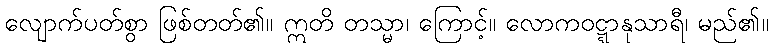
လျောက်ပတ်စွာ ဖြစ်တတ်၏။ ဣတိ တသ္မာ၊ ကြောင့်။ လောကဝဋ္ဋာနုသာရီ၊ မည်၏။